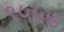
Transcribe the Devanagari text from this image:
९५५७